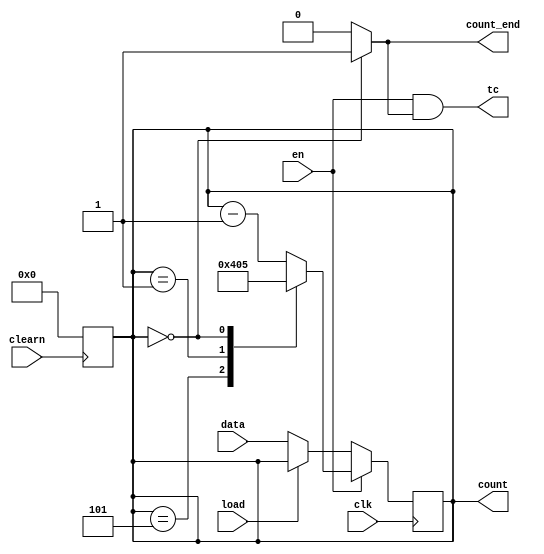
module contador_mod6(data, clk, load, en, clearn, count, tc, count_end);
  // 1) Por algum motivo, basicamente todos as variveis que so de 
  // 4-bits agora, estavam como variveis de 3-bits, como isso tava
  // dando problema toda vez que dava run eu mudei tudo que era 
  // de 3-bits para 4-bits, sem alterar o funcionamento do mdulo
  // (tambm mudei um pouco a testbench do contador_nivel2
  // por causa disso)
  // 2) Adicionei o input count_end, ele vai servir para parar a contagem
  // regressiva quando os algarismos dos min, dez_seg e seg forem
  // iguais a 0, e no simplesmente fazer um loop infinito.
  // 3) Troquei count_end para ser um output, que vai indicar 
  // quando chegou a zero.
  input wire [3:0] data;
  input wire clk, load, en, clearn;
  output reg [3:0] count;
  output wire tc;
  output wire count_end;

  always @ (negedge clearn) // lembrar de trocar o reset e o stop (feito)
  begin
    count = 4'b0000;
  end

  assign count_end = (count == 4'b0000) ? 1'b1 : 1'b0;
  assign tc = en & count_end;

  always @ (posedge clk)
  begin
    if (en) 
      case (count)
        4'b0101: begin
          count <= 4'b0100;
        end // 5 -> 4
        4'b0001: begin 
          count <= 4'b0000;
        end  // 1 -> 0
        4'b0000: begin
          count <= 4'b0101;
        end // 0 -> 5
        default: count <= count - 4'b0001;
      endcase

    else begin

      if(!load) // Lembrar q aq o valor do load t invertido
        count <= data;
    end
  end
endmodule